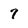
Character: 7